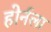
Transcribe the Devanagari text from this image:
होर्नला